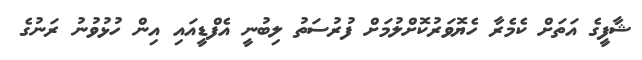
ޝާފީގެ އަތަށް ކެމެރާ ހެޔޮވަރުކޮށްލުމަށް ފުރުސަތު ލިބުނީ އެފްޑީއައި އިން ހުޅުވުނު ރަނުގެ